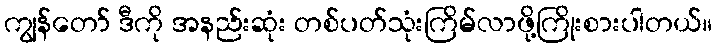
ကျွန်တော် ဒီကို အနည်းဆုံး တစ်ပတ်သုံးကြိမ်လာဖို့ကြိုးစားပါတယ်။